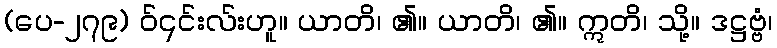
(ပေ-၂၇၉) ဝ်၎င်းလ်းဟူ။ ယာတိ၊ ၏။ ယာတိ၊ ၏။ ဣတိ၊ သို့။ ဒဋ္ဌဗ္ဗံ၊